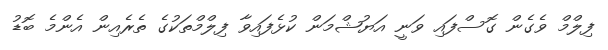
ފިލްމް ވެގެން ގޮސްފައި ވަނީ އަޔުޝްމަން ކުޅެފައިވާ ފިލްމްތަކުގެ ތެރެއިން އެންމެ ބޮޑު